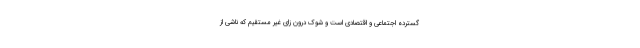
گسترده اجتماعی و اقتصادی است و شوک درون زای غیر مستقیم که ناشی از